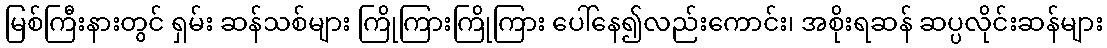
မြစ်ကြီးနားတွင် ရှမ်း ဆန်သစ်များ ကြိုကြားကြိုကြား ပေါ်နေ၍လည်းကောင်း၊ အစိုးရဆန် ဆပ္ပလိုင်းဆန်များ